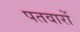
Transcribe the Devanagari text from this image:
पतवारों